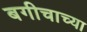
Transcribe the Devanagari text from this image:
बगीचाच्या